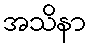
အသိနာ